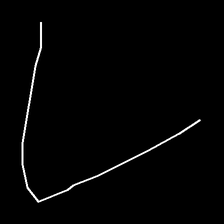
Glyph: region